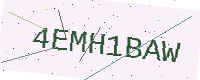
Text: 4EMH1BAW